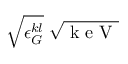
\sqrt { \epsilon _ { G } ^ { k l } } \; \sqrt { \mathrm { ~ k ~ e ~ V ~ } }